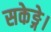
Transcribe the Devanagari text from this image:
सकेङ्गे।